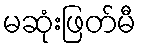
မဆုံးဖြတ်မီ